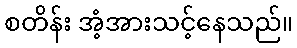
စတိန်း အံ့အားသင့်နေသည်။